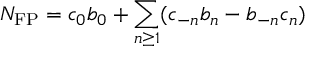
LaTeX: N _ { \mathrm { F P } } = c _ { 0 } b _ { 0 } + \sum _ { n \geq 1 } ( c _ { - n } b _ { n } - b _ { - n } c _ { n } )